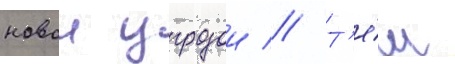
новои угрозои // Т'е́м